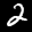
Label: 2